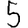
Digit: 5